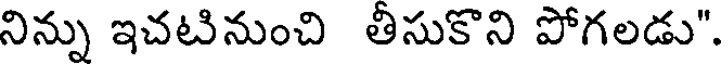
నిన్ను ఇచటినుంచి తీసుకొని పోగలడు".